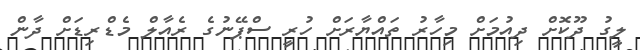
ލީގު ދޫކޮށް ދިއުމަށް މިހާރު ތައްޔާރަށް ހުރީ ސްޕޭނުގެ ރެއާލް މެޑްރިޑަށް ދާން